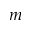
m